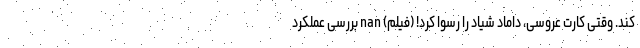
کند. وقتی کارت عروسی، داماد شیاد را رسوا کرد! (فیلم) nan بررسی عملکرد